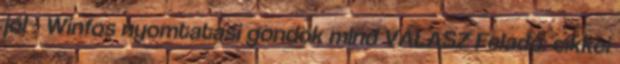
jól - Winfos nyomtatasi gondok mind VÁLASZ Feladó: cikkei